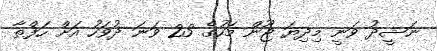
ނަޝީދު ވަނީ މިދިޔަ ޖޫން މަހުގެ 23 ވަނަ ދުވަހު އަށް ހަފްތާ